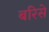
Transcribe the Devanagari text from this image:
बरिसे